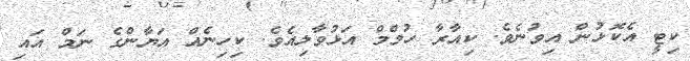
ކިޓީ އެކޮޅުން އިވުނެވެ. ކިއާރާ ހުމްމް އަޅުވާލިއެވެ. ކިހިނެއް އަޔާންގެ ނަމް އައި